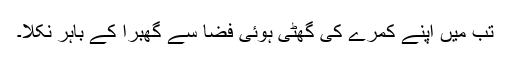
تب میں اپنے کمرے کی گھٹی ہوئی فضا سے گھبرا کے باہر نکلا۔